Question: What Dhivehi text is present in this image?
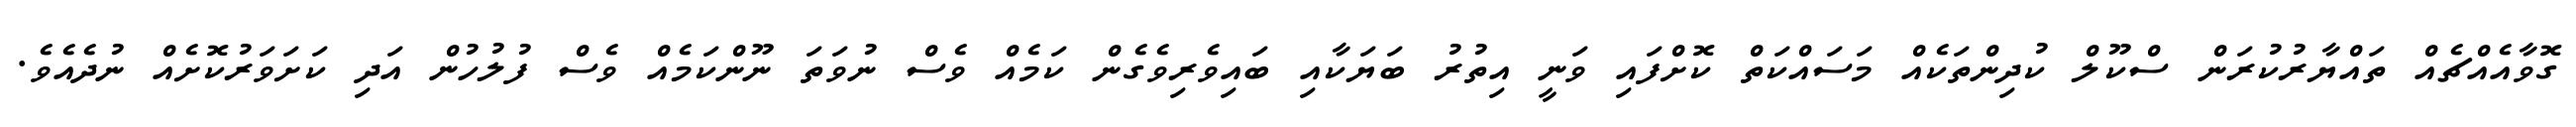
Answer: ގޮވާއެއްޗެއް ތައްޔާރުކުރަން ސްކޫލް ކުދިންތަކެއް މަސައްކަތް ކޮށްފައި ވަނީ އިތުރު ބަޔަކާއި ބައިވެރިވެގެން ކަމެއް ވެސް ނުވަތަ ނޫންކަމެއް ވެސް ފުލުހުން އަދި ކަށަވަރުކޮށެއް ނުދެއެވެ.